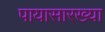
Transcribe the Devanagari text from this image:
पायासारख्या